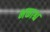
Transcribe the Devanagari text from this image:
भक्ताश्च